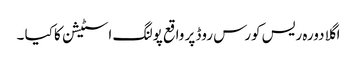
اگلا دورہ ریس کورس روڈ پر واقع پولنگ اسٹیشن کا کیا ۔